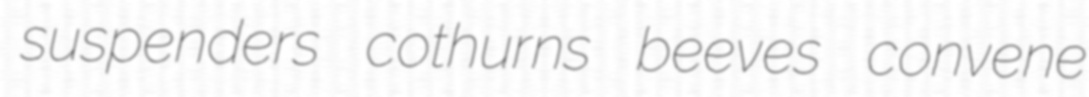
suspenders cothurns beeves convene